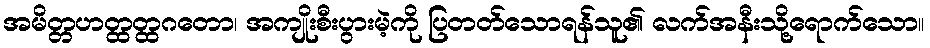
အမိတ္တဟတ္ထတ္ထဂတော၊ အကျိုးစီးပွားမဲ့ကို ပြတတ်သောရန်သူ၏ လက်အနီးသို့ရောက်သော။